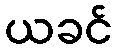
ယခင်